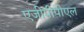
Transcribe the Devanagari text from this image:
एजीपीपीएल